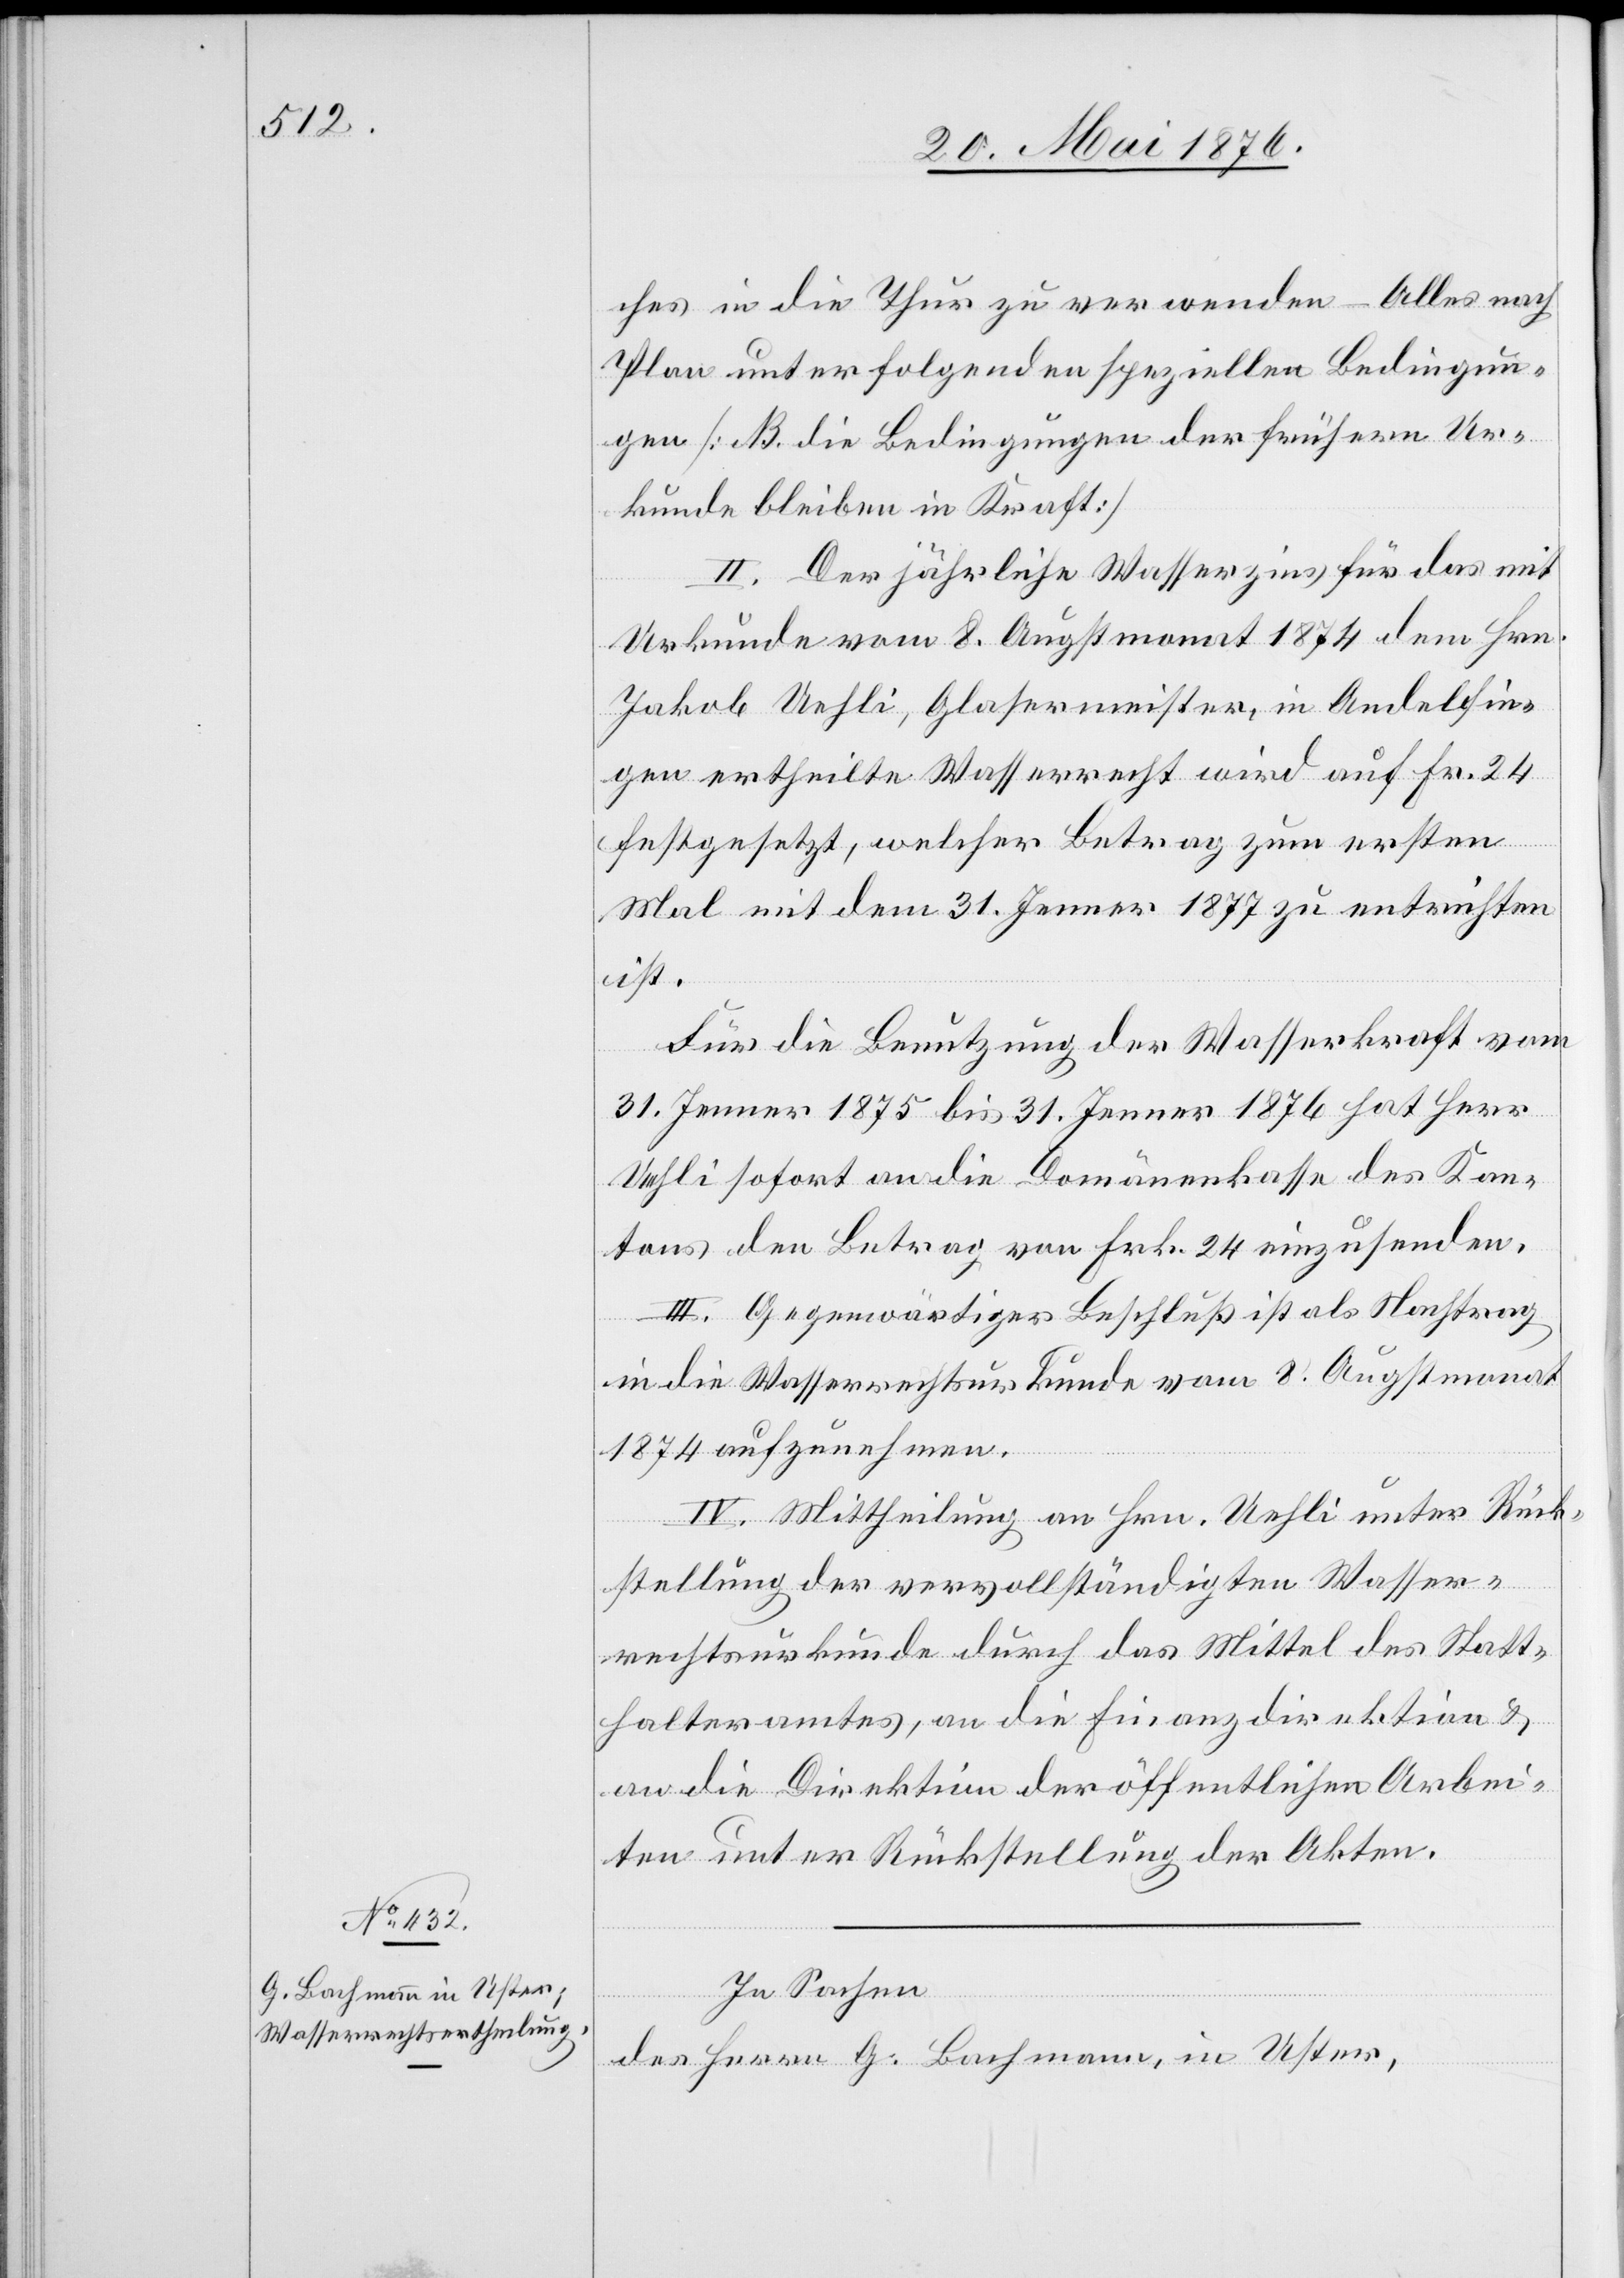
ches in die Thur zu verwenden – Alles nach
Plan und erfolgenden speziellen Bedingun¬
gen [B. die Bedingungen der frühern Ur¬
kunde bleiben in Kraft][.]
II. Der jährliche Wasserzins für das mit
Urkunde vom 8. Augstmonat 1874 dem Hrn.
Jakob Uehli, Glasermeister, in Andelfin¬
gen ertheilte Wasserrecht wird auf Fr. 24
festgesetzt, welcher Betrag zum ersten
Mal mit dem 31. Jenner 1877 zu entrichten
ist.
Für die Benutzung der Wasserkraft vom
31. Jenner 1875 bis 31. Jenner 1876 hat Herr
Uehli sofort an die Domänenkasse des Kan¬
tons den Betrag von Frk. 24 einzusenden.
III. Gegenwärtiger Beschluß ist als Nachtrag
in die Wasserrechtsurkunde vom 8. Augstmonat
1874 aufzunehmen.
IV. Mittheilung an Hrn. Uehli unter Rück¬
stellung der vervollständigten Wasser¬
rechtsurkunde durch das Mittel des Statt¬
halteramtes, an die Finanzdirektion &
an die Direktion der öffentlichen Arbei¬
ten unter Rückstellung der Akten.
In Sachen
des Herrn G. Bachmann, in Uster,